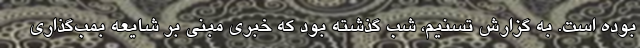
بوده است. به گزارش تسنیم، شب گذشته بود که خبری مبنی بر شایعه بمب‌گذاری